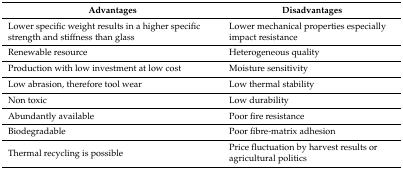
<table><thead><tr><td><b>Advantages</b></td><td><b>Disadvantages</b></td></tr></thead><tbody><tr><td>Lower specific weight results in a higher specific strength and stiffness than glass</td><td>Lower mechanical properties especially impact resistance</td></tr><tr><td>Renewable resource</td><td>Heterogeneous quality</td></tr><tr><td>Production with low investment at low cost</td><td>Moisture sensitivity</td></tr><tr><td>Low abrasion, therefore tool wear</td><td>Low thermal stability</td></tr><tr><td>Non toxic</td><td>Low durability</td></tr><tr><td>Abundantly available</td><td>Poor fire resistance</td></tr><tr><td>Biodegradable</td><td>Poor fibre-matrix adhesion</td></tr><tr><td>Thermal recycling is possible</td><td>Price fluctuation by harvest results or agricultural politics</td></tr></tbody></table>